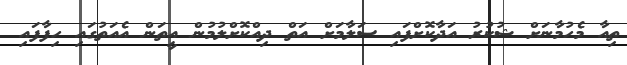
ތިއާ މެހުމާނަށް ޝުކުރު އަދާކޮށްފައި ސަލާމަށް އަތް ދިއްކޮށްލުމުން އީތަން އެއަތުގައި ހިފާފައި